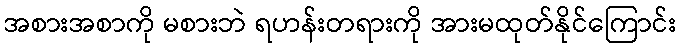
အစားအစာကို မစားဘဲ ရဟန်းတရားကို အားမထုတ်နိုင်ကြောင်း